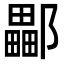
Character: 𨞽